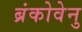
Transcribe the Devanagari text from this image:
ब्रंकोवेनु